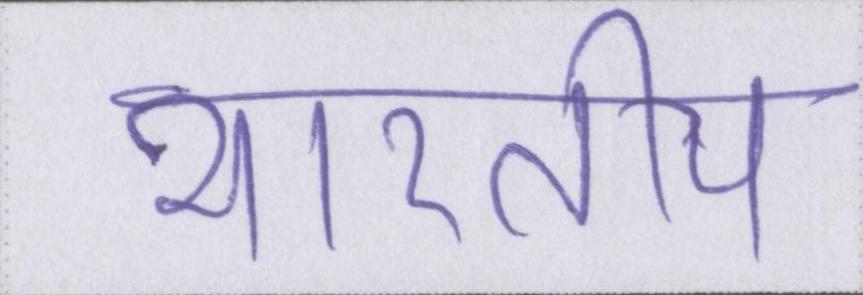
भारतीय